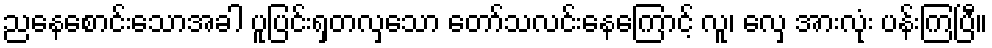
ညနေစောင်းသောအခါ ပူပြင်းရှတလှသော တော်သလင်းနေကြောင့် လူ၊ လှေ အားလုံး ပန်းကြပြီ။